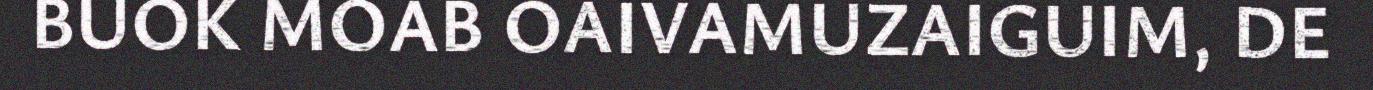
BUOK MOAB OAIVAMUZAIGUIM, DE